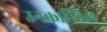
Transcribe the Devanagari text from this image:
उनकास्विले